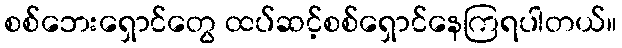
စစ်ဘေးရှောင်တွေ ထပ်ဆင့်စစ်ရှောင်နေကြရပါတယ်။